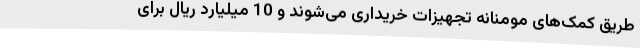
طریق کمک‌های مومنانه تجهیزات خریداری می‌شوند و 10 میلیارد ریال برای